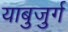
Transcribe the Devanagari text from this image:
याबुजुर्ग